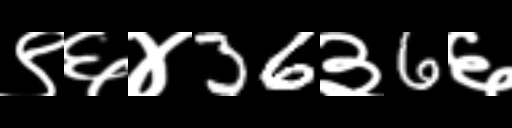
Text: ९६४36३6६